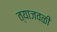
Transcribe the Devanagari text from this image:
त्याजवळी